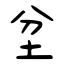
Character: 坌